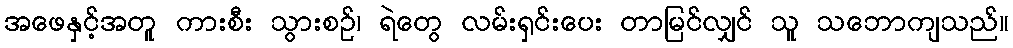
အဖေနှင့်အတူ ကားစီး သွားစဉ်၊ ရဲတွေ လမ်းရှင်းပေး တာမြင်လျှင် သူ သဘောကျသည်။